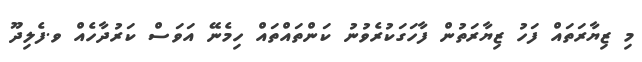
މި ޒިޔާރަތައް ފަހު ޒިޔާރަތުން ފާހަގަކުރެވުނު ކަންތައްތައް ހިމެނޭ އަވަސް ކަރުދާހެއް ވ.ފެލިދޫ